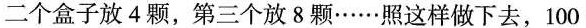
二个盒子放4颗，第三个放8颗……照这样做下去，100